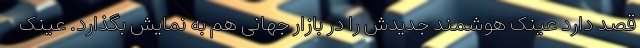
قصد دارد عینک هوشمند جدیدش را در بازار جهانی هم به نمایش بگذارد. عینک